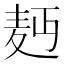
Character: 𮮄